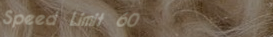
Speed Limit 60